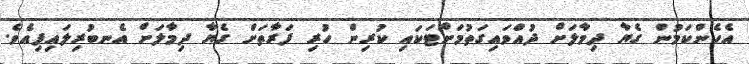
އެހެންކަމުން ގެޔާ ދިމާލަށް ދުއްވައިގަތުމަށްޓަކައި ކުރިން ހުރި ފަރާތަށް ގެޔާ ދިމާލަށް އެނބުރިލައިފިއެވެ.